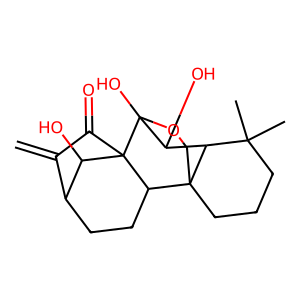
SMILES: C=C1C(=O)C23C(O)C1CCC2C12CCCC(C)(C)C1C(O)C3(O)OC2
Inhibits HIV replication: No